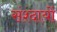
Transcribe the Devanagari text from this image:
संश्दायों